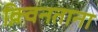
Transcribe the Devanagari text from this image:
क़्विनताना